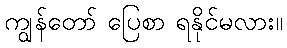
ကျွန်တော် ပြေစာ ရနိုင်မလား။